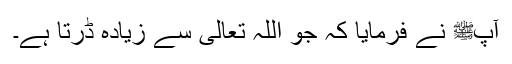
آپﷺ نے فرمایا کہ جو اللہ تعالیٰ سے زیادہ ڈرتا ہے۔